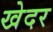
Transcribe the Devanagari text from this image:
खेदर